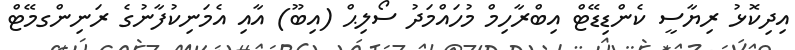
އިދިކޮޅު ރިޔާސީ ކެންޑިޑޭޓް އިބްރާހިމް މުހައްމަދު ސޯލިޙް (އިބޫ) އާއި އެމަނިކުފާނުގެ ރަނިންގމޭޓް